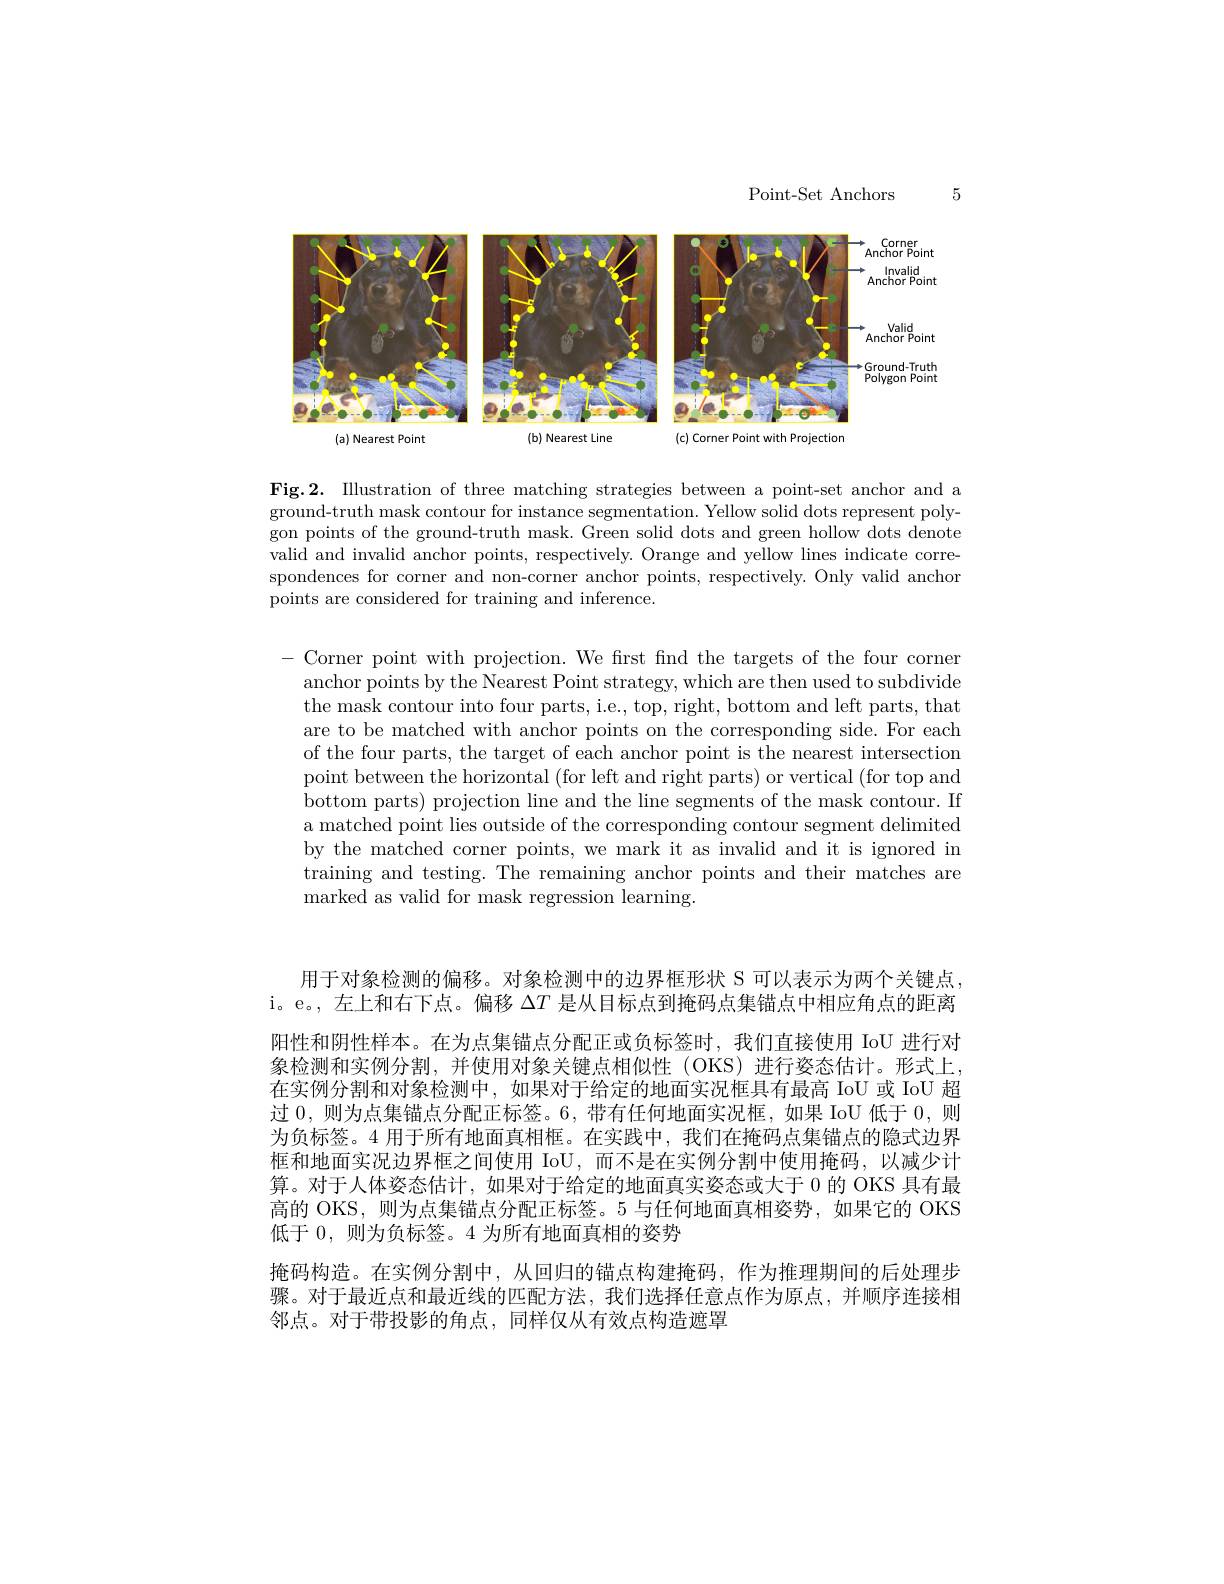
Point-Set Anchors

5

<FigureHere>

Fig.2. Illustration of three matching strategies between a point-set anchor and a ground-truth mask contour for instance segmentation. Yellow solid dots represent polygon points of the ground-truth mask. Green solid dots and green hollow dots denote valid and invalid anchor points, respectively. Orange and yellow lines indicate correspondences for corner and non-corner anchor points, respectively. Only valid anchor points are considered for training and inference.

- Corner point with projection. We first find the targets of the four corner
anchor points by the Nearest Point strategy, which are then used to subdivide the mask contour into four parts, i.e., top, right, bottom and left parts, that are to be matched with anchor points on the corresponding side. For each of the four parts, the target of each anchor point is the nearest intersection point between the horizontal (for left and right parts) or vertical (for top and bottom parts) projection line and the line segments of the mask contour. If a matched point lies outside of the corresponding contour segment delimited by the matched corner points, we mark it as invalid and it is ignored in training and testing. The remaining anchor points and their matches are marked as valid for mask regression learning.

用于对象检测的偏移。对象检测中的边界框形状 S 可以表示为两个关键点， i。e。,左上和右下点。偏移$\Delta T$是从目标点到掩码点集锚点中相应角点的距离阳性和阴性样本。在为点集锚点分配正或负标签时，我们直接使用 IoU 进行对象检测和实例分割，并使用对象关键点相似性 (OKS)进行姿态估计。形式上在实例分割和对象检测中，如果对于给定的地面实况框具有最高 IoU 或 IoU 超过 0,则为点集锚点分配正标签。6,带有任何地面实况框，如果 IoU 低于0，则为负标签。4 用于所有地面真相框。在实践中，我们在掩码点集锚点的隐式边界框和地面实况边界框之间使用 IoU,而不是在实例分割中使用掩码，以减少计算。对于人体姿态估计，如果对于给定的地面真实姿态或大于 0 的 OKS 具有最高的 OKS,则为点集锚点分配正标签。5 与任何地面真相姿势，如果它的 OKS 低于 0, 则为负标签。4 为所有地面真相的姿势
掩码构造。在实例分割中，从回归的锚点构建掩码，作为推理期间的后处理步骤。对于最近点和最近线的匹配方法，我们选择任意点作为原点，并顺序连接相邻点。对于带投影的角点，同样仅从有效点构造遮罩